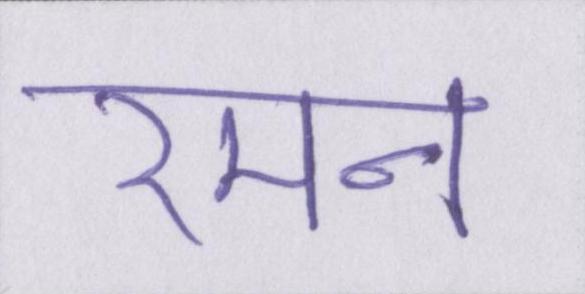
रमन